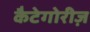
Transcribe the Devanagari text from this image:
कैटेगोरीज़